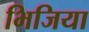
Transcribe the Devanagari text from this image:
भिजिया